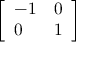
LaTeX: \left[ \begin{array} { l l } { - 1 } & { 0 } \\ { 0 } & { 1 } \end{array} \right]